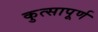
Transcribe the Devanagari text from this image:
कुत्सापूर्ण